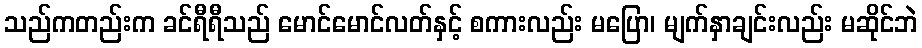
သည်ကတည်းက ခင်ရီရီသည် မောင်မောင်လတ်နှင့် စကားလည်း မပြော၊ မျက်နှာချင်းလည်း မဆိုင်ဘဲ